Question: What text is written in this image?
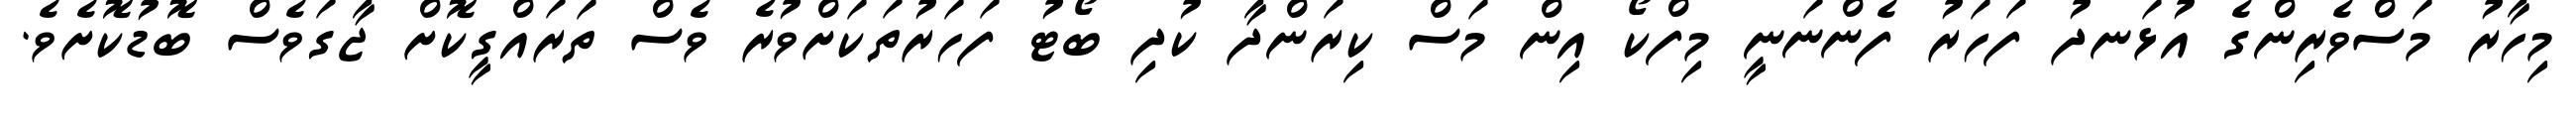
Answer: މިހާރު މަސްވެރިންގެ އުޅަނދު ފަހަރު ފެންނަނީ މިފްކޯ އިން މަސް ކިރަންދާ ކުދި ބޯޓު ފަހަރުތަކަށްވުރެ ވެސް ތަރައްގީކޮށް ޖާގަވެސް ބޮޑުކޮށެވެ.